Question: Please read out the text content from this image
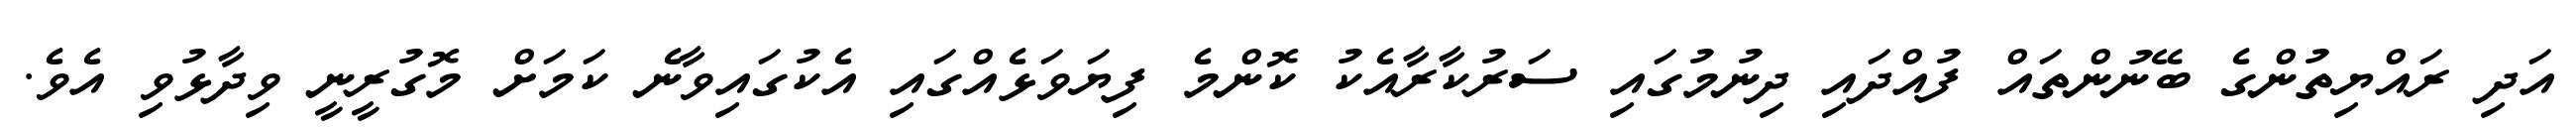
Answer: އަދި ރައްޔިތުންގެ ބޭނުންތައް ފުއްދައި ދިނުމުގައި ސަރުކާރާއެކު ކޮންމެ ފިޔަވަޅެއްގައި އެކުގައިވާނެ ކަމަށް މޮގުރީނީ ވިދާޅުވި އެވެ.